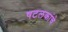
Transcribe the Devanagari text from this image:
षटलकांचे